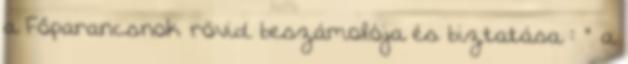
a Főparancsnok rövid beszámolója és biztatása : ” a